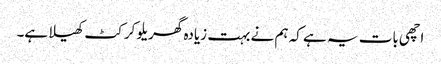
اچھی بات یہ ہے کہ ہم نے بہت زیادہ گھریلو کرکٹ کھیلا ہے۔